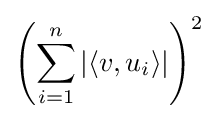
\left(\sum _{i=1}^{n}\left|\langle v,u_{i}\rangle \right|\right)^{2}